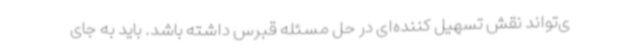
ی‌تواند نقش تسهیل کننده‌ای در حل مسئله قبرس داشته باشد. باید به جای